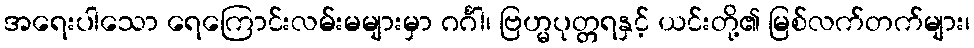
အရေးပါသော ရေကြောင်းလမ်းမများမှာ ဂင်္ဂါ၊ ဗြဟ္မပုတ္တရနှင့် ယင်းတို့၏ မြစ်လက်တက်များ၊